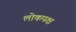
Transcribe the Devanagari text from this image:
लोकपक्ष